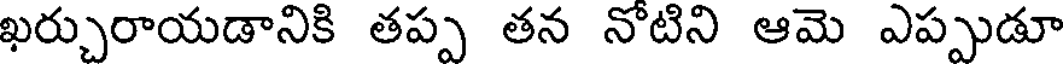
ఖర్చురాయడానికి తప్ప తన నోటిని ఆమె ఎప్పుడూ